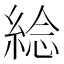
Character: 𦁇